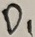
Text: D1